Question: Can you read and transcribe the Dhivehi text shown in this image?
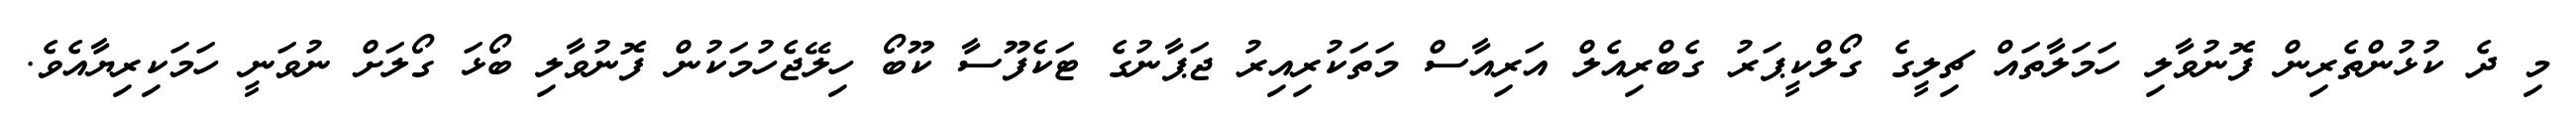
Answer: މި ދެ ކުޅުންތެރިން ފޮނުވާލި ހަމަލާތައް ޗިލީގެ ގޯލްކީޕަރު ގެބްރިއެލް އަރިއާސް މަތަކުރިއިރު ޖަޕާނުގެ ޓަކެފޫސާ ކޫބޯ ހިލޭޖެހުމަކުން ފޮނުވާލި ބޯޅަ ގޯލަށް ނުވަނީ ހަމަކިރިޔާއެވެ.